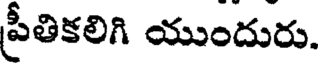
ప్రీతికలిగి యుందురు.